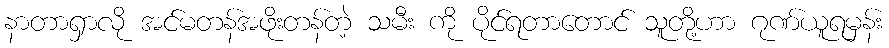
နာတာရှာလို အင်မတန်အဖိုးတန်တဲ့ သမီး ကို ပိုင်ရတာတောင် သူတို့ဟာ ဂုဏ်ယူရမှန်း